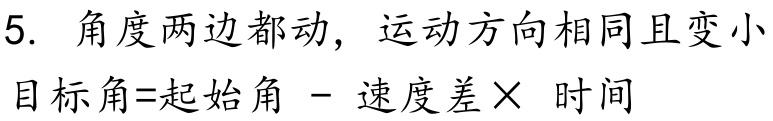
5. 角度两边都动，运动方向相同且变小
目标角=起始角 - 速度差× 时间